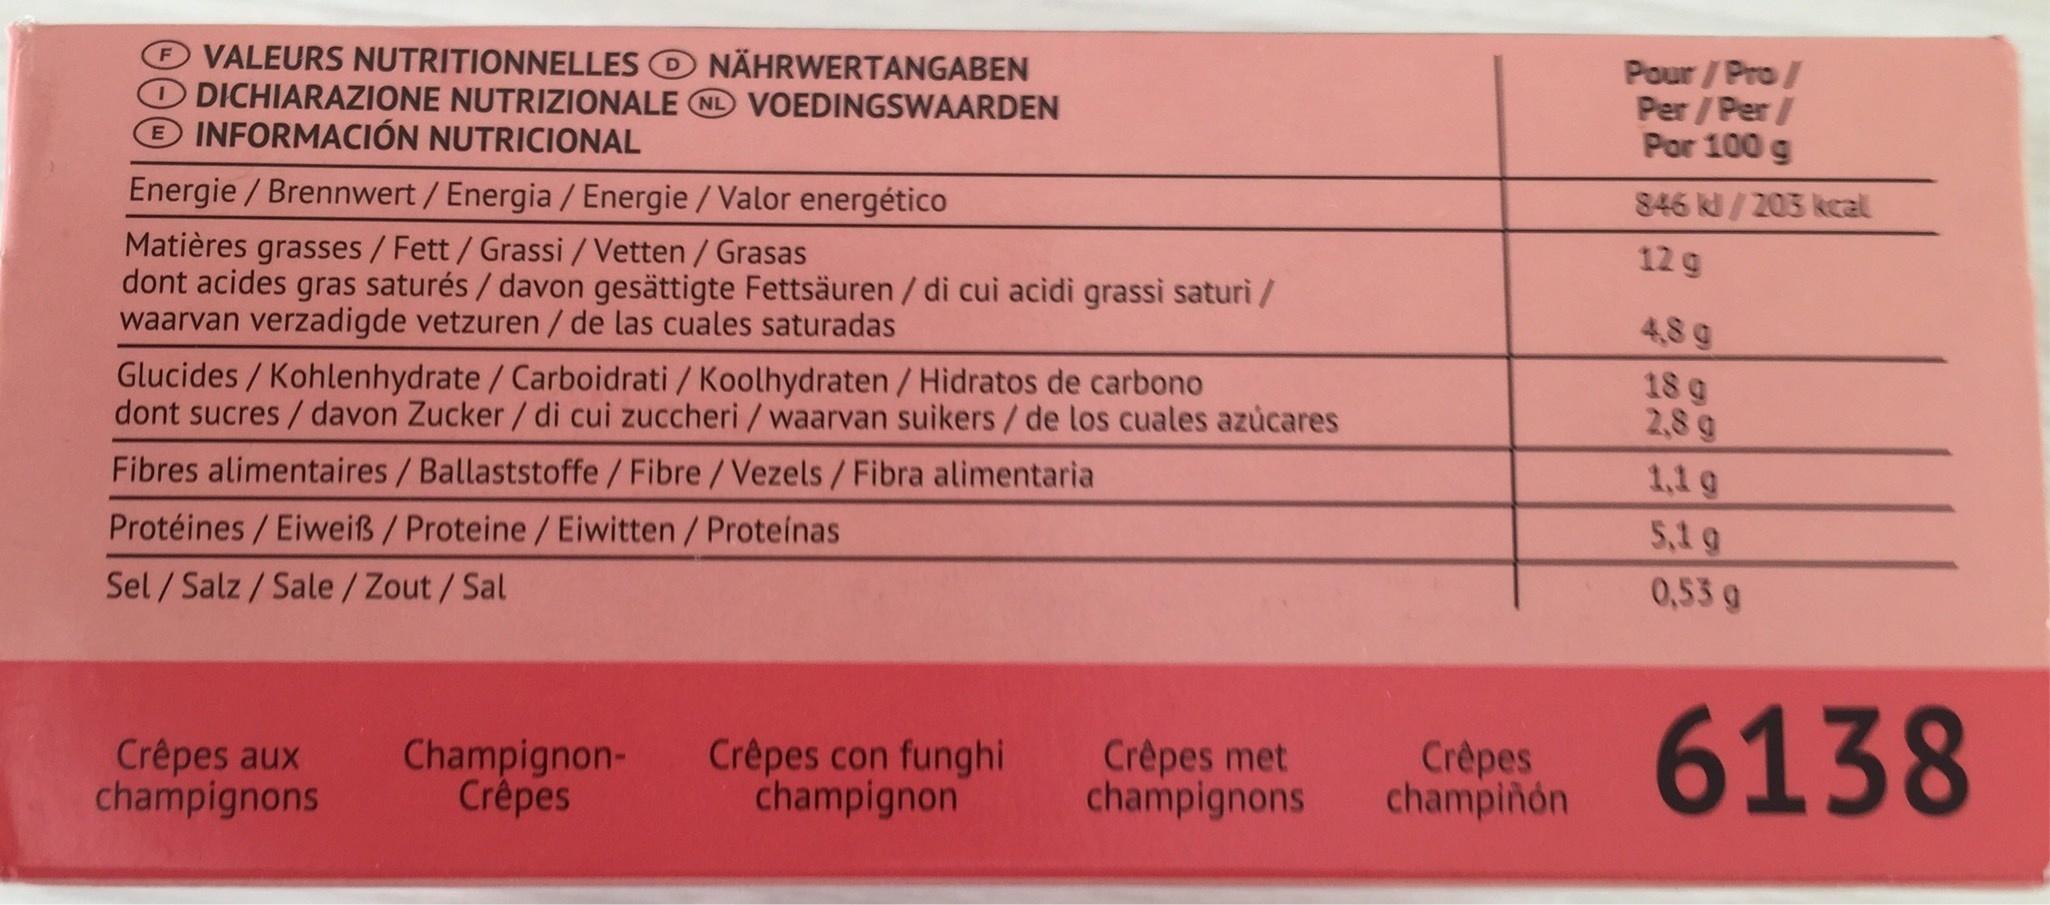
VALEURS NUTRITIONNELLES O NÄHRWERTANGABEN ODICHIARAZIONE NUTRIZIONALE ND VOEDINGSWAARDEN INFORMACIÓN NUTRICIONAL
Pour /Pro/ Per / Per / Por 100 g
Energie /Brennwert / Energia / Energie /Valor energético
846 k/ 203 kcal
Matières grasses /Fett/ Grassi /Vetten / Grasas dont acides gras saturés / davon gesättigte Fettsäuren / di cui acidì grassi saturi/ waarvan verzadigde vetzuren/ de las cuales saturadas
12 g
4,8 g
Glucides/Kohlenhydrate / Carboidrati / Koolhydraten / Hidratos de carbono dont sucres /davon Zucker/ di cui zuccheri /waarvan suikers/de los cuales azúcares
18 g 2,8 g 1,1 g
Fibres alimentaires/Ballaststoffe/ Fibre/Vezels/Fibra alimentaria
Protéines/Eiweiß /Proteine/ Eiwitten/ Proteínas
5,1 g
Sel/Salz/Sale/Zout/Sal
0,53 g
Crêpes aux champignons
Champignon- Crêpes
Crêpes con funghi champignon
Crêpes met champignons
Crèpes champiñón
6138